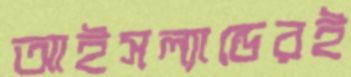
আইসল্যান্ডেরই